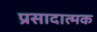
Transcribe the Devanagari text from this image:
प्रसादात्मक